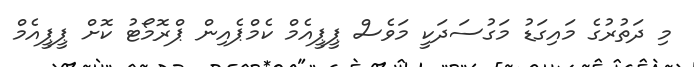
މި ދަތުރުގެ މައިގަޑު މަގުސަދަކީ މަވެސް ޕީޕީއެމް ކެމްޕެއިން ޕްރޮމޯޓު ކޮށް ޕީޕީއެމް